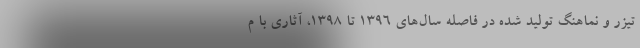
تیزر و نماهنگ تولید شده در فاصله سال‌های 1396 تا 1398، آثاری با م